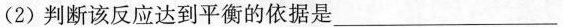
(2)判断该反应达到平衡的依据是___